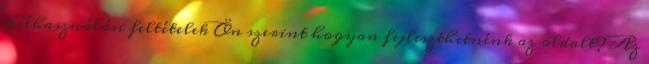
Felhasználási feltételek Ön szerint hogyan fejleszthetnénk az oldalt? Az